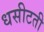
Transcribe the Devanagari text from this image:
धसीटती